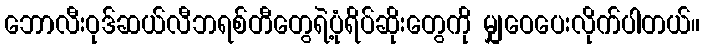
ဘောလီးဝုဒ်ဆယ်လီဘရစ်တီတွေရဲ့ပုံရိပ်ဆိုးတွေကို မျှဝေပေးလိုက်ပါတယ်။